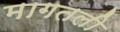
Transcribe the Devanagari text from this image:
मागतली